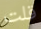
قلت